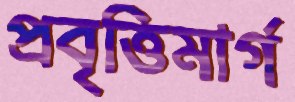
প্রবৃত্তিমার্গ